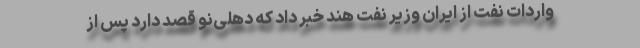
واردات نفت از ایران وزیر نفت هند خبر داد که دهلی‌نو قصد دارد پس از